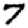
Digit: 7